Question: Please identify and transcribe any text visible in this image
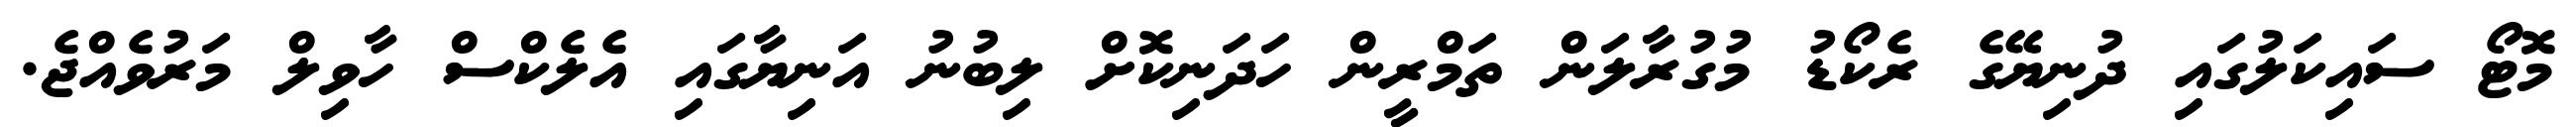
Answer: މޮޓޯ ސައިކަލުގައި ދުނިޔޭގެ ރެކޯޑު މުގުރާލަން ތަމްރީން ހަދަނިކޮށް ލިބުނު އަނިޔާގައި އެލެކްސް ހާވިލް މަރުވެއްޖެ.